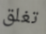
تغلق